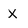
Character: X